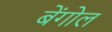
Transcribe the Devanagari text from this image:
बेंगोल